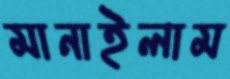
মানাইলাম